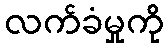
လက်ခံမှုကို